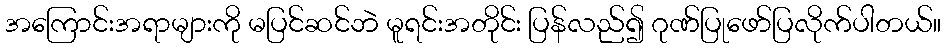
အကြောင်းအရာများကို မပြင်ဆင်ဘဲ မူရင်းအတိုင်း ပြန်လည်၍ ဂုဏ်ပြုဖော်ပြလိုက်ပါတယ်။